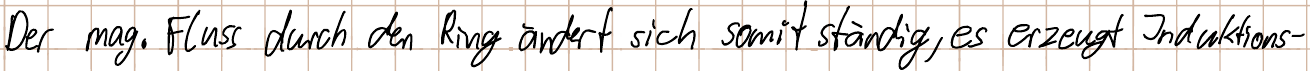
Der mag. Fluss durch den Ring ändert sich somit ständig, es erzeugt Induktions-